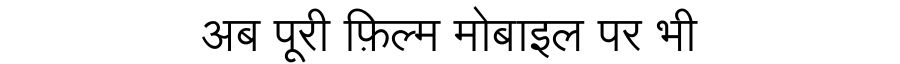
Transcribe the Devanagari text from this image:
अब पूरी फ़िल्म मोबाइल पर भी